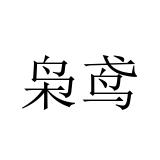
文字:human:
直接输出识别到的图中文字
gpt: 枭鸢